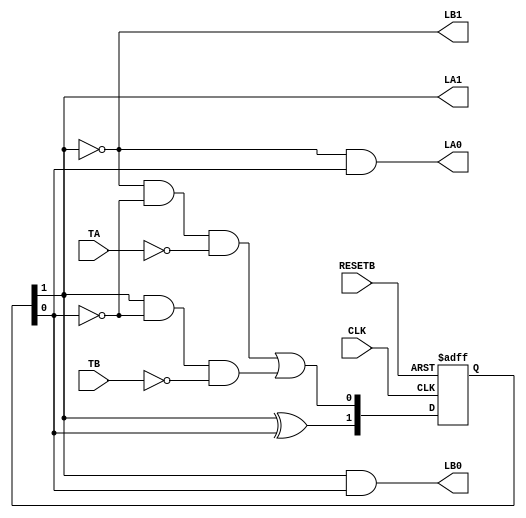
module LIGHT(   CLK, RESETB,
                TA, TB, 
                LA1, LA0,
                LB1, LB0
);

input CLK, RESETB, TA, TB;
output LA1, LA0, LB1, LB0;  // nbit data -> bus structure

wire [1:0] LA = {LA1, LA0};
wire [1:0] LB = {LB1, LB0};

//  state
reg     [1:0]   S;
wire    [1:0]   NEXT_S;

//  (1) next state generation
assign NEXT_S[1] = S[1] ^ S[0];
assign NEXT_S[0] = ( ~S[1] & ~S[0] & ~TA ) | ( S[1] & ~S[0] & ~TB );

//  (2) next state -> current state update, feedback 
always @( negedge RESETB or posedge CLK)
    if (~RESETB)             // when RESETB is 0, may be reset, synchronous system, asynchronous system.
        S <= 2'b00;
    else
        S <= NEXT_S;

//  (3) output stage, stable state start
assign LA1 =  S[1];
assign LA0 = ~S[1] & S[0];
assign LB1 = ~S[1];
assign LB0 =  S[1] & S[0];

endmodule